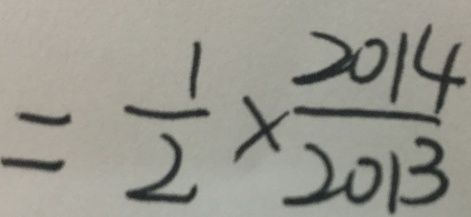
= \frac { 1 } { 2 } \times \frac { 2 0 1 4 } { 2 0 1 3 }